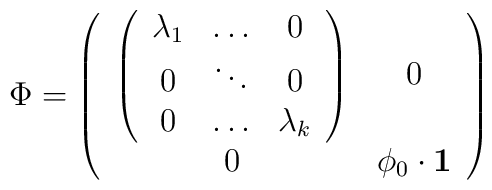
\Phi = \left( \begin{array}{cc} \left( \begin{array}{ccc} \lambda_{1}& \dots & 0 \\0 & \ddots & 0 \\0 & \dots & \lambda_{k}  \end{array} \right) & 0 \\0 & \phi_{0} \cdot {\bf 1} \end{array} \right)